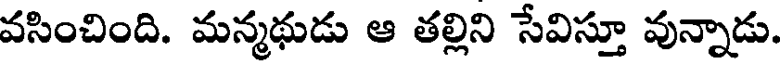
వసించింది. మన్మథుడు ఆ తల్లిని సేవిస్తూ వున్నాడు.